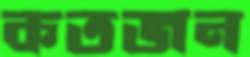
কতজন